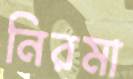
নিরমা